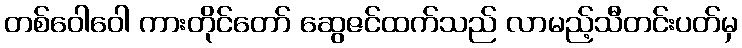
တစ်ဝေါဝေါ ကားတိုင်တော် ဆွေဇင်ထက်သည် လာမည့်သီတင်းပတ်မှ